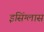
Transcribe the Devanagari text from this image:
इसिंग्लास